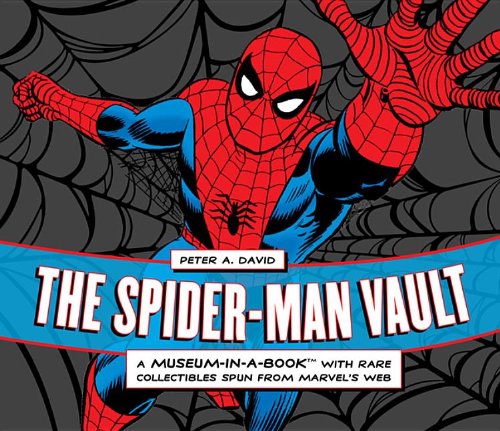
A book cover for The Spider-Man Vault: A Museum-in-a-Book with Rare Collectibles Spun from Marvel's Web; Peter A. David; Comics & Graphic Novels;